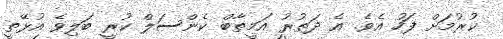
ކުުރުމަށް ފަހު އެވެ. އެ ދަތުރު އަމީތާބް ކެންސަލް ކުރީ ބަލިވެ އުޅޭތީ